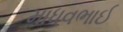
માધવભાઈ